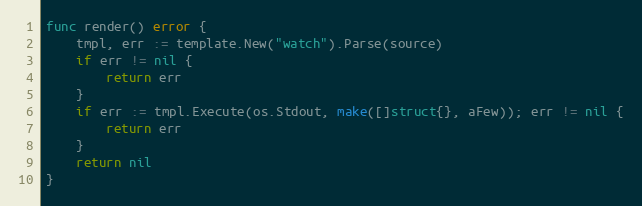
Language: Go
func render() error {
	tmpl, err := template.New("watch").Parse(source)
	if err != nil {
		return err
	}
	if err := tmpl.Execute(os.Stdout, make([]struct{}, aFew)); err != nil {
		return err
	}
	return nil
}